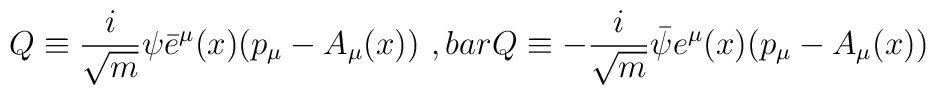
Q\equiv\frac{i}{\sqrt{m}}\psi\bar{e}^{\mu}(x)(p_{\mu}-A_{\mu}(x))\ ,\\bar{Q}\equiv-\frac{i}{\sqrt{m}}\bar{\psi}e^{\mu}(x)(p_{\mu}-A_{\mu}(x))